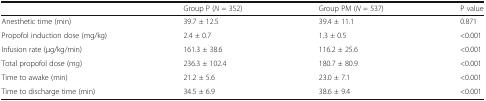
<table><thead><tr><td></td><td><b>Group P (<i>N</i> = 352)</b></td><td><b>Group PM (<i>N</i> = 537)</b></td><td><b>P value</b></td></tr></thead><tbody><tr><td>Anesthetic time (min)</td><td>39.7 ± 12.5</td><td>39.4 ± 11.1</td><td>0.871</td></tr><tr><td>Propofol induction dose (mg/kg)</td><td>2.4 ± 0.7</td><td>1.3 ± 0.5</td><td>&lt;0.001</td></tr><tr><td>Infusion rate (μg/kg/min)</td><td>161.3 ± 38.6</td><td>116.2 ± 25.6</td><td>&lt;0.001</td></tr><tr><td>Total propofol dose (mg)</td><td>236.3 ± 102.4</td><td>180.7 ± 80.9</td><td>&lt;0.001</td></tr><tr><td>Time to awake (min)</td><td>21.2 ± 5.6</td><td>23.0 ± 7.1</td><td>&lt;0.001</td></tr><tr><td>Time to discharge time (min)</td><td>34.5 ± 6.9</td><td>38.6 ± 9.4</td><td>&lt;0.001</td></tr></tbody></table>